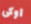
اوكى